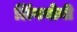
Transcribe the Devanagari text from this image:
लिंगयोनी